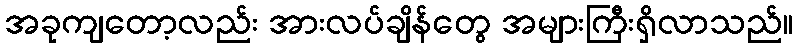
အခုကျတော့လည်း အားလပ်ချိန်တွေ အများကြီးရှိလာသည်။